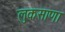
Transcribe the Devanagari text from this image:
लुकसाणा